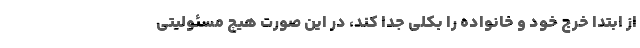
از ابتدا خرج خود و خانواده را بکلی جدا کند، در این صورت هیچ مسئولیتی